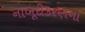
નાબૂદીકરણના